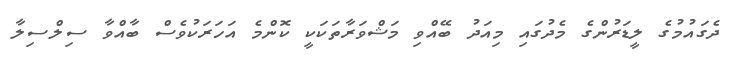
ދެގައުމުގެ ލީޑަރުންގެ މެދުގައި މިއަދު ބޭއްވި މަޝްވަރާތަކަކީ ކޮންމެ އަހަރަކުވެސް ބާއްވާ ސިލްސިލާ